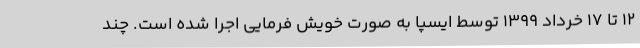
12 تا 17 خرداد 1399 توسط ایسپا به صورت خویش فرمایی اجرا شده است. چند